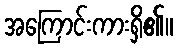
အကြောင်းကားရှိ၏။